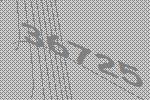
36725